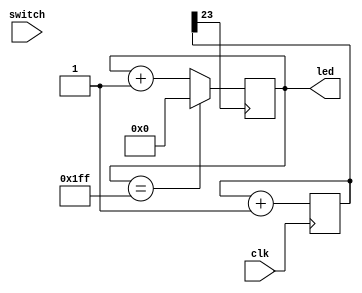
module chattering2(clk, switch, led);
	input clk, switch;
	output [8:0] led;
	reg [8:0] ff;
	reg [23:0] cnt;
	reg swreg;
	wire c_clk, sw_out;
	
	//16bit Counter
	always @(posedge clk) begin
		cnt=cnt+1;
	end
	
	assign c_clk=cnt[23];
	
	//switch latch
	always @(posedge c_clk) begin
		swreg=switch;
	end
	assign sw_out=swreg;
	
	always @(posedge c_clk) begin
		if(ff==9'b111111111)
			ff=9'h0;
		else
			ff=ff+1;
	end
	assign led=ff;
	
endmodule